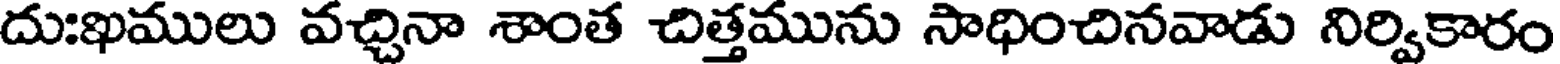
దుఃఖములు వచ్చినా శాంత చిత్తమును సాధించినవాడు నిర్వికారం